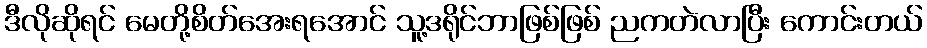
ဒီလိုဆိုရင် မေတို့စိတ်အေးရအောင် သူ့ဒရိုင်ဘာဖြစ်ဖြစ် ညကတဲလာပြီး ကောင်းတယ်